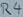
Text: R4